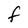
Character: F